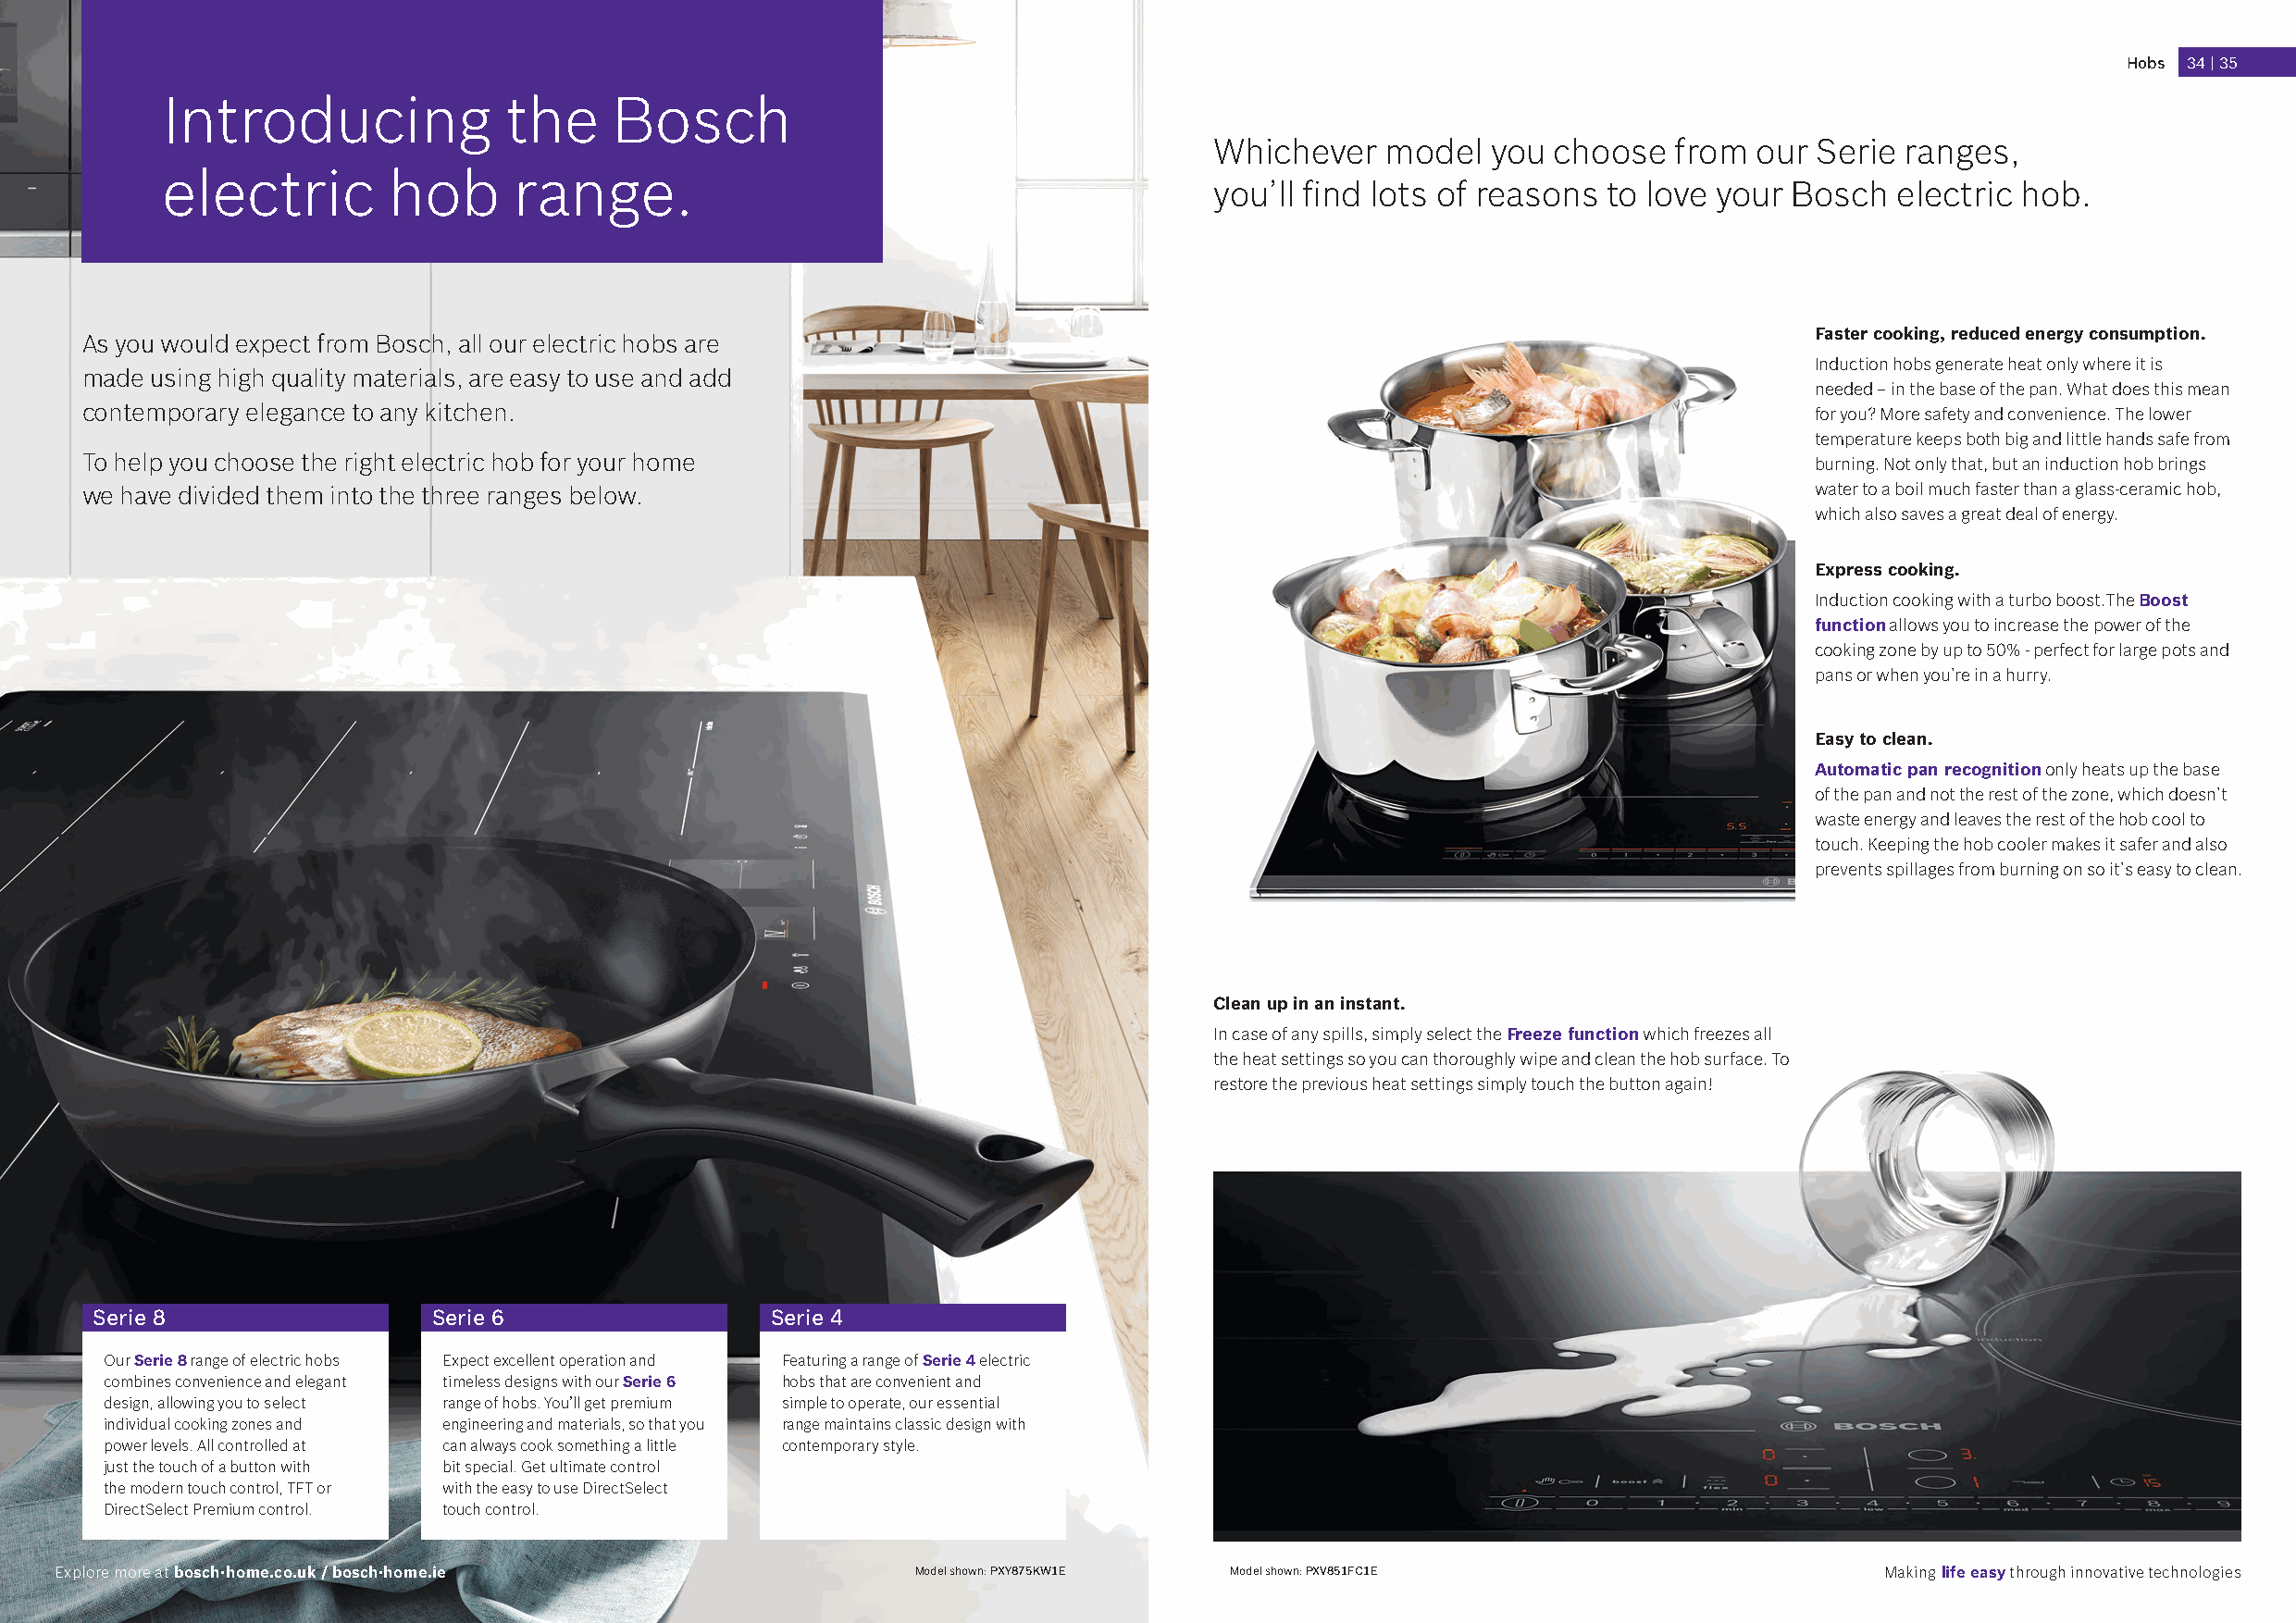
Hobs 34 | 35
 Introducing              the     Bosch
 Whichever   model  you  choose   from our  Serie ranges,
 electric         hob     range.
 you’ll find lots of reasons to love your Bosch  electric hob.
 Faster cooking, reduced energy consumption.
 As you would expect from Bosch, all our electric hobs are
 Induction hobs generate heat only where it is
 made using high quality materials, are easy to use and add
 needed – in the base of the pan. What does this mean
 contemporary elegance to any kitchen.                                                                                       for you? More safety and convenience. The lower
 temperature keeps both big and little hands safe from
 To help you choose the right electric hob for your home                                                                     burning. Not only that, but an induction hob brings
 we have divided them into the three ranges below.                                                                           water to a boil much faster than a glass-ceramic hob,
 which also saves a great deal of energy.
 Express cooking.
 Induction cooking with a turbo boost.The Boost
 function allows you to increase the power of the
 cooking zone by up to 50% - perfect for large pots and
 pans or when you’re in a hurry.
 Easy to clean.
 Automatic pan recognition only heats up the base
 of the pan and not the rest of the zone, which doesn’t
 waste energy and leaves the rest of the hob cool to
 touch. Keeping the hob cooler makes it safer and also
 prevents spillages from burning on so it’s easy to clean.
 Clean up in an instant.
 In case of any spills, simply select the Freeze function which freezes all
 the heat settings so you can thoroughly wipe and clean the hob surface. To
 restore the previous heat settings simply touch the button again!
 Serie 8                  Serie 6                 Serie 4
 Easy clean
 Our Serie 8 range of electric hobs Expect excellent operation and Featuring a range of Serie 4 electric
 combines convenience and elegant timeless designs with our Serie 6 hobs that are convenient and
 design, allowing you to select range of hobs. You’ll get premium simple to operate, our essential
 individual cooking zones and engineering and materials, so that you range maintains classic design with
 power levels. All controlled at can always cook something a little contemporary style.
 just the touch of a button with bit special. Get ultimate control
 the modern touch control, TFT or with the easy to use DirectSelect
 DirectSelect Premium control. touch control.
 Explore more at bosch-home.co.uk / bosch-home.ie             Model shown: PXY875KW1E Model shown: PXV851FC1E                      Making life easy through innovative technologies
 BBoosscchh__BBII__22002211__44__CCTT001188__HHoobbss..iinndddd AAllll PPaaggeess                                                                          3311//0033//22002211 1166::0022